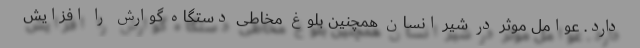
دارد. عوامل موثر در شیر انسان همچنین بلوغ مخاطی دستگاه گوارش را افزایش